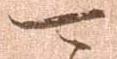
可